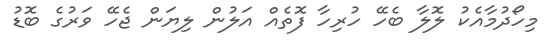
މިހޯދުމާއެކު ލޮލާ ބެހޭ ހުރިހާ ފޮތެއް އަލުން ލިޔަން ޖެހޭ ވަރުގެ ބޮޑު